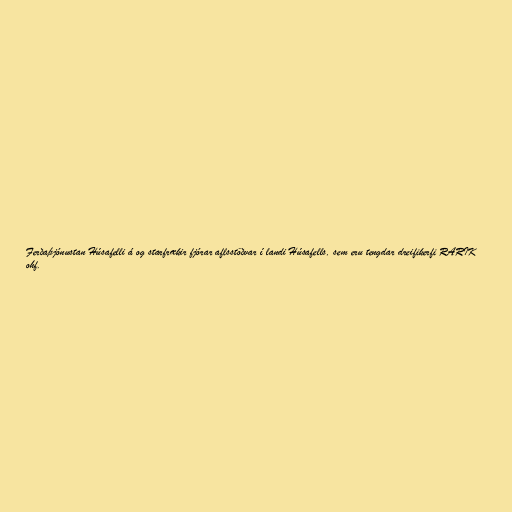
Ferðaþjónustan Húsafelli á og starfrækir fjórar aflsstöðvar í landi Húsafells, sem eru tengdar dreifikerfi RARIK
ohf.